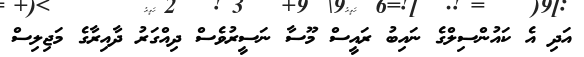
އަދި އެ ކައުންސިލްގެ ނައިބު ރައީސް މޫސާ ނަސީރުވެސް ދިއްގަރު ދާއިރާގެ މަޖިލިސް